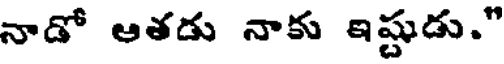
నాడో ఆతడు నాకు ఇష్టుడు."